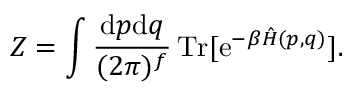
Z = \int \frac { \mathrm { d } p \mathrm { d } q } { ( 2 \pi ) ^ { f } } \, \mathrm { T r } [ \mathrm { e } ^ { - \beta \hat { H } ( p , q ) } ] .